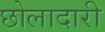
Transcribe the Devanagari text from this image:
छोलादारी